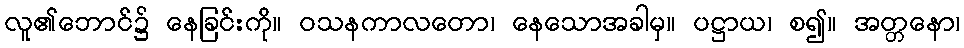
လူ၏ဘောင်၌ နေခြင်းကို။ ဝသနကာလတော၊ နေသောအခါမှ။ ပဋ္ဌာယ၊ စ၍။ အတ္တနော၊